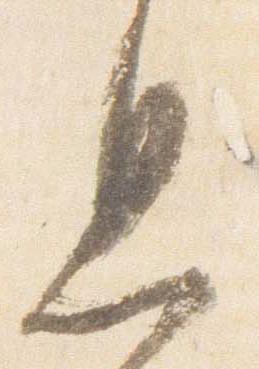
息